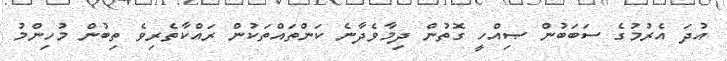
އުދަ އެރުމުގެ ސަބަބުން ޞިއްހީ ގޮތުން ދިމާވެދާނެ ކަންތައްތަކުން ރައްކާތެރިވެ ތިބުން މުހިންމު